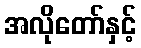
အလိုတော်နှင့်